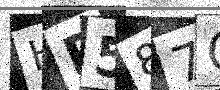
Text: HR587O